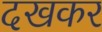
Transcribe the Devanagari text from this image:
दखकर